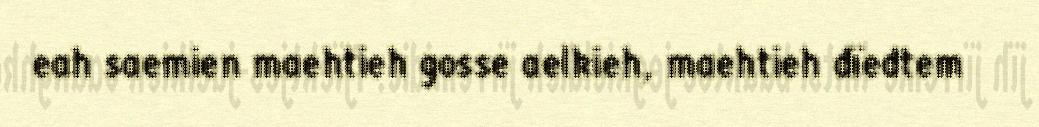
eah saemien maehtieh gosse aelkieh, maehtieh dïedtem